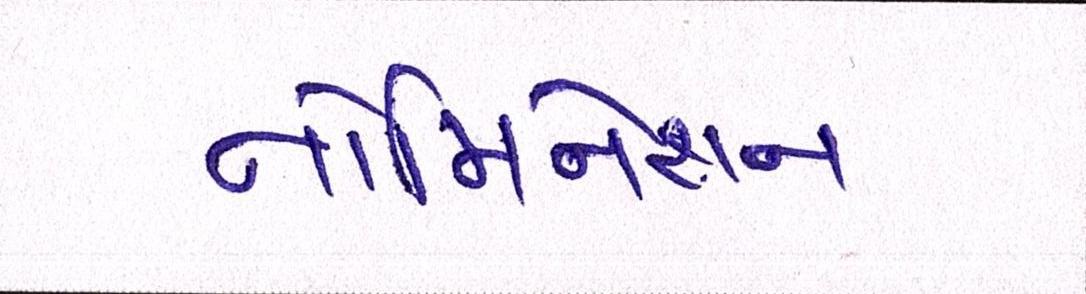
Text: નોમિનેશન